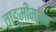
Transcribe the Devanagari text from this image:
वाङ्‍मीमांसा